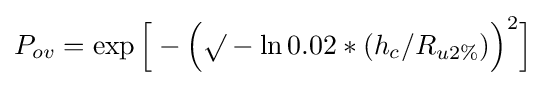
P_{ov}=\exp {\Bigl [}-{\Bigl (}\surd -\ln 0.02*(h_{c}/R_{u2\%}){\Bigr )}^{2}{\Bigr ]}